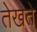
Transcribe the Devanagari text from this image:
तेखते